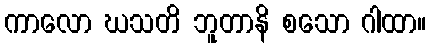
ကာလော ဃသတိ ဘူတာနိ စသော ဂါထာ။